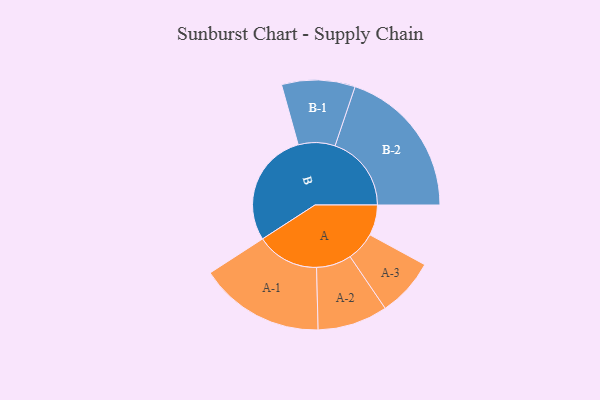
{"axis": {"x": "Segment", "y": "Value"}, "legend": ["", "A", "B"], "data": [{"x": "A", "y": 114, "type": ""}, {"x": "B", "y": 429, "type": ""}, {"x": "A-1", "y": 234, "type": "A"}, {"x": "A-2", "y": 131, "type": "A"}, {"x": "A-3", "y": 109, "type": "A"}, {"x": "B-1", "y": 137, "type": "B"}, {"x": "B-2", "y": 285, "type": "B"}]}